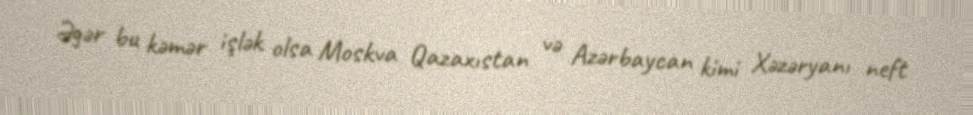
Əgər bu kəmər işlək olsa Moskva Qazaxıstan və Azərbaycan kimi Xəzəryanı neft